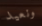
ونعيد